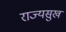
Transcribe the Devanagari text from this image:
राज्यसुख